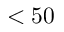
< 5 0